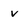
Character: v